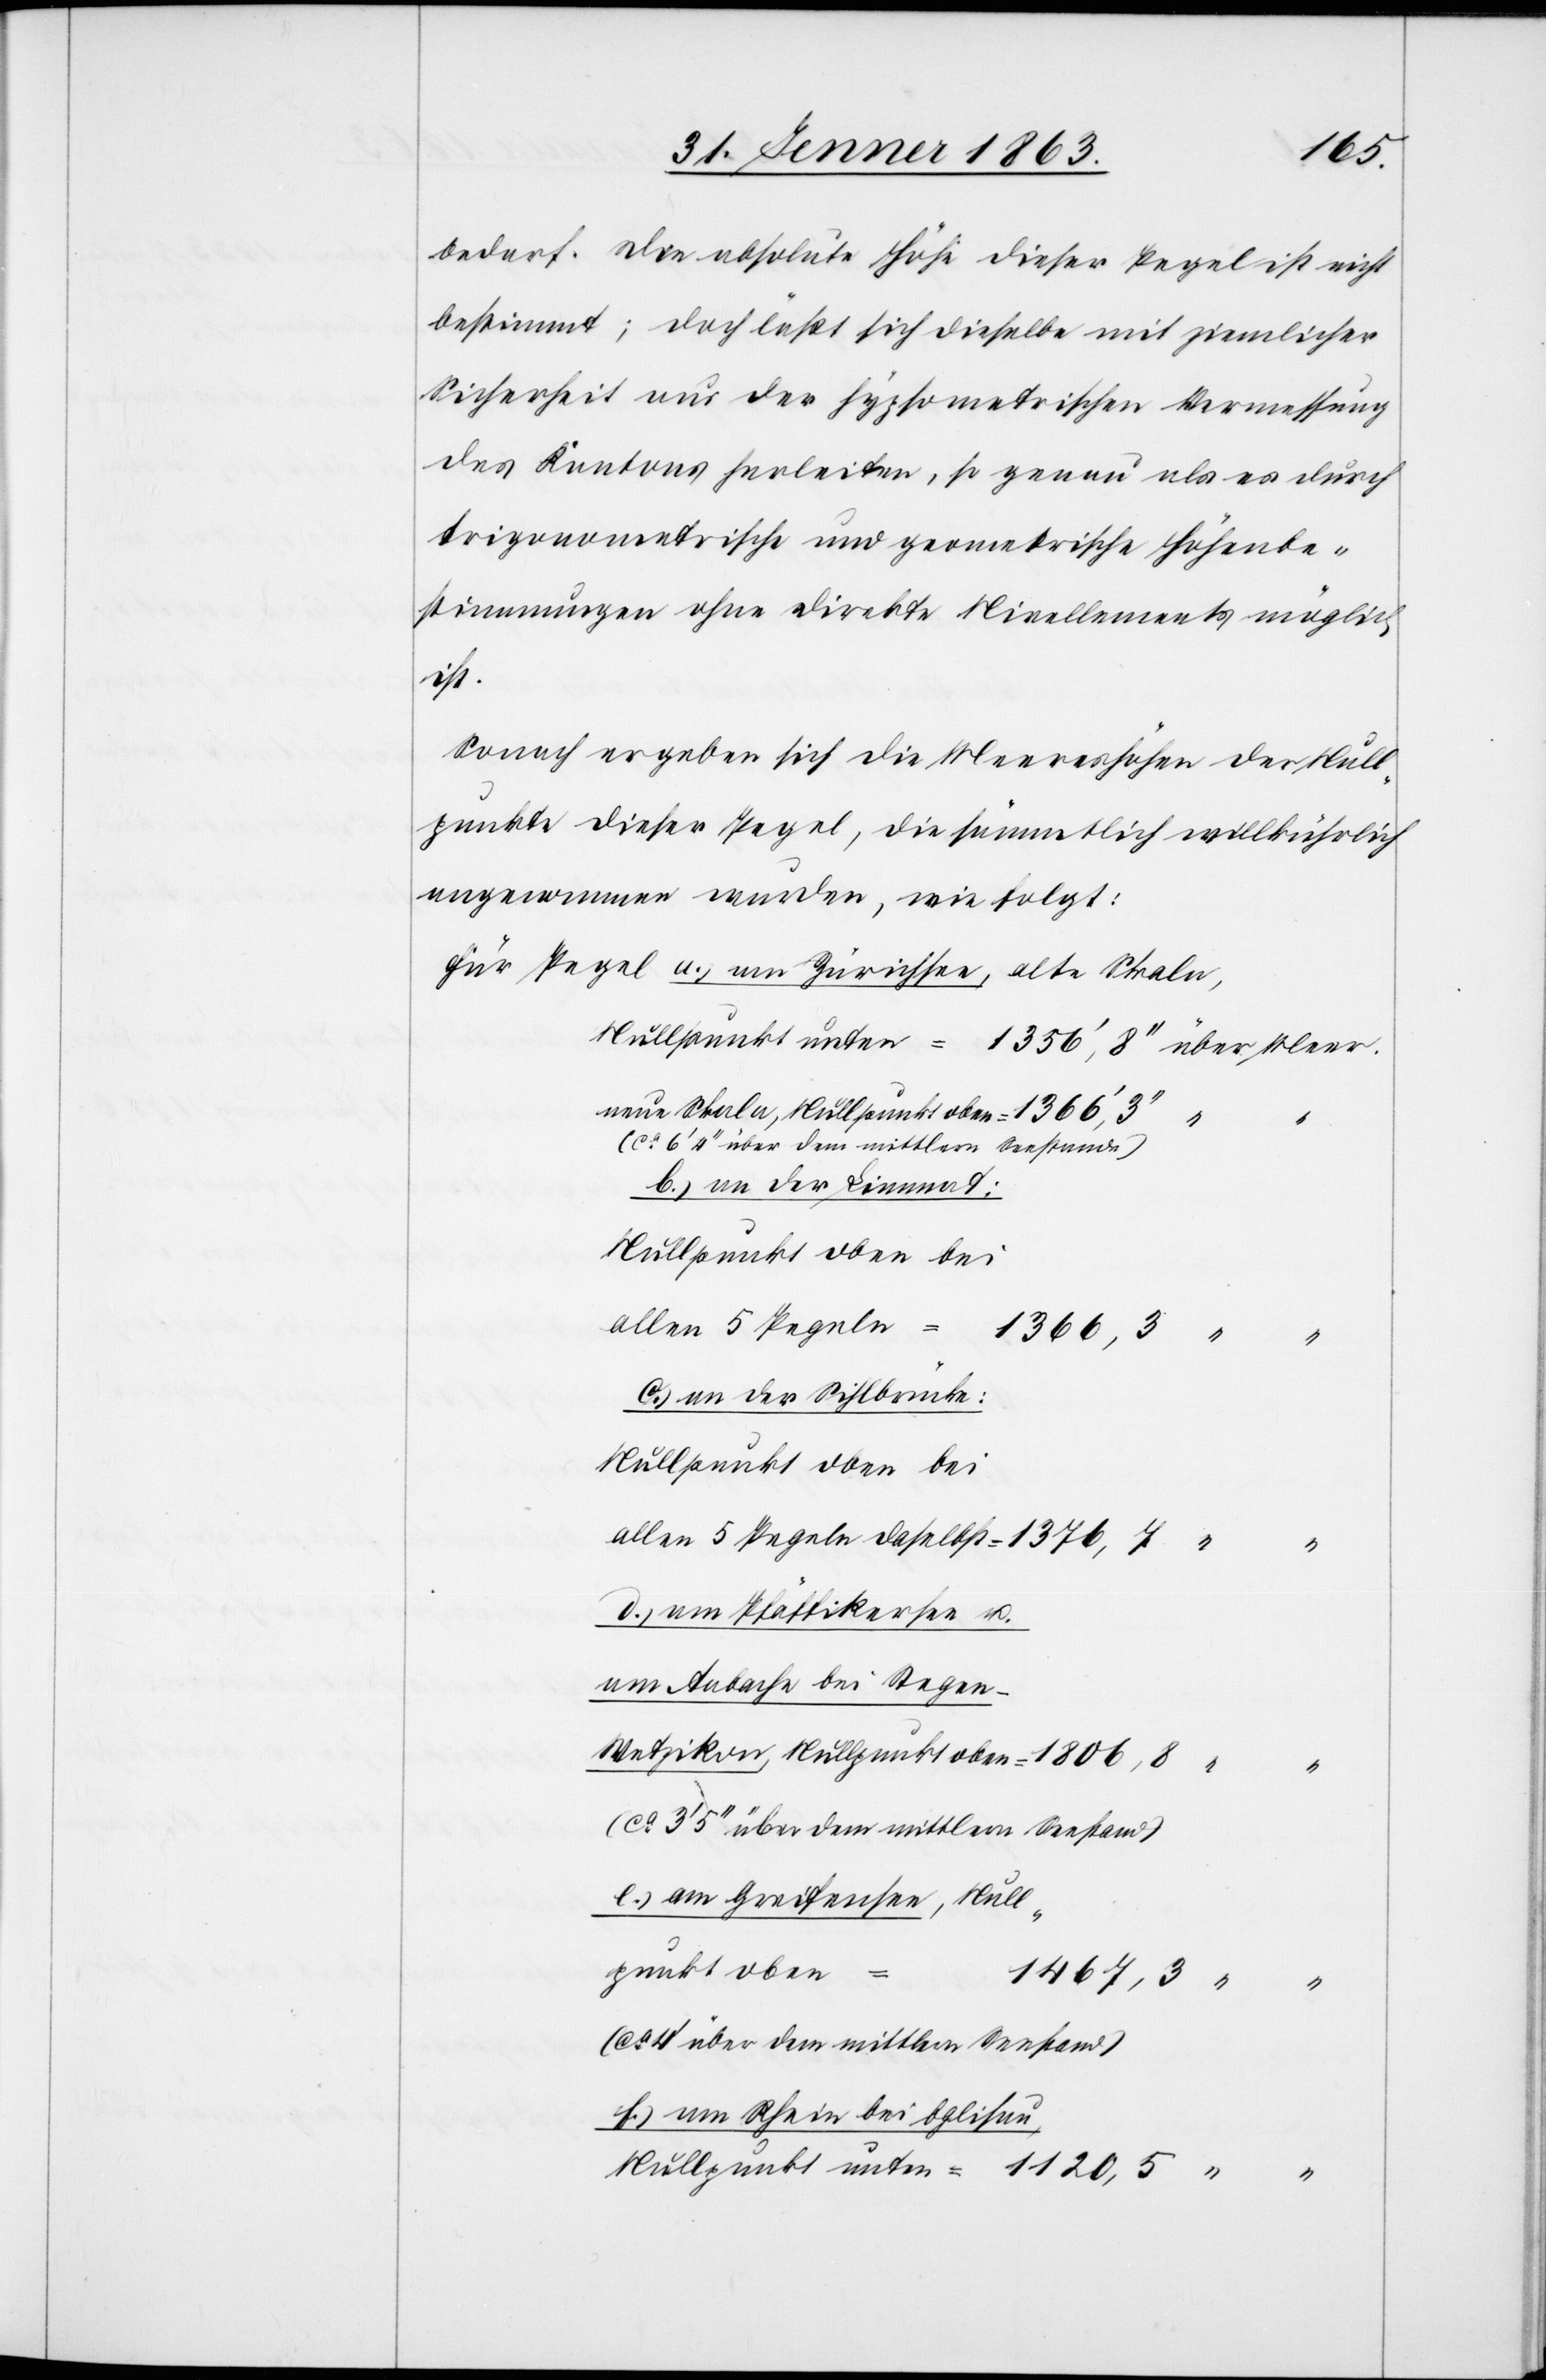
bedarf. Die absolute Höhe dieser Pegel ist nicht
bestimmt; doch läßt sich dieselbe mit ziemlicher
Sicherheit aus der hypsometrischen Vermessung
des Kantons herleiten, so genau als es durch
trigonometrische und geometrische Höhenbe¬
stimmungen ohne direkte Nivellements möglich
ist.
Sonach ergeben sich die Meereshöhen der Null¬
punkte dieser Pegel, die sämmtlich willkührlich
angenommen wurden, wie folgt:
5
(ca 6' 4'' über dem mittlern Seestande)
b.) an der Limmat.
allen 5 Pegeln
1366, 3
“
c.) an der Sihlbrücke:
Nullpunkt oben bei
d.) am Pfäffikersee u.
am Aabache bei Stegen–W¬
etzikon, Nullpunkt oben =
a.)
(ca 4' über dem mittlern Seestand)
e.) am Greifensee, Null¬
Null¬
punkt oben
1467, 3
“
f.) am Rhein bei Eglisau,